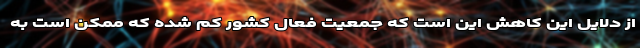
از دلایل این کاهش این است که جمعیت فعال کشور کم شده که ممکن است به